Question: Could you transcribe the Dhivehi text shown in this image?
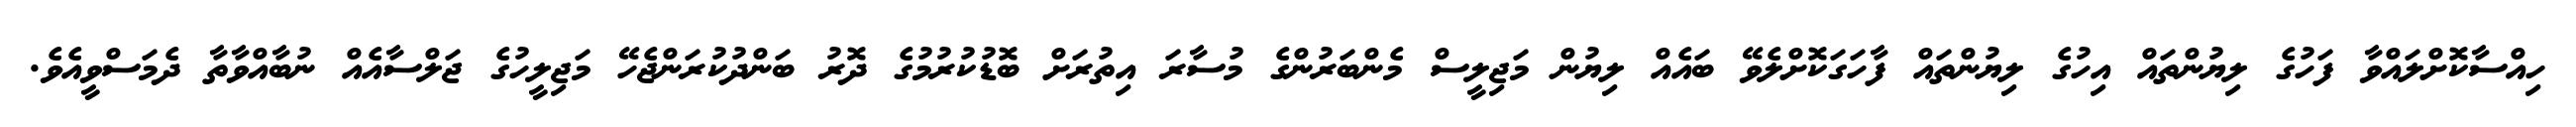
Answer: ހިއްސާކޮށްލައްވާ ފަހުގެ ލިޔުންތައް އިހުގެ ލިޔުންތައް ފާހަގަކޮށްލެވޭ ބައެއް ލިޔުން މަޖިލީސް މެންބަރުންގެ މުސާރަ އިތުރަށް ބޮޑުކުރުމުގެ ދޮރު ބަންދުކުރަންޖެހޭ މަޖިލީހުގެ ޖަލްސާއެއް ނުބާއްވާތާ ދެމަސްވީއެވެ.